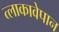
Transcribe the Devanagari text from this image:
त्लाकावेपान